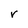
Character: r